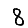
Digit: 8